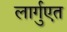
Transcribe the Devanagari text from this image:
लार्गुएत